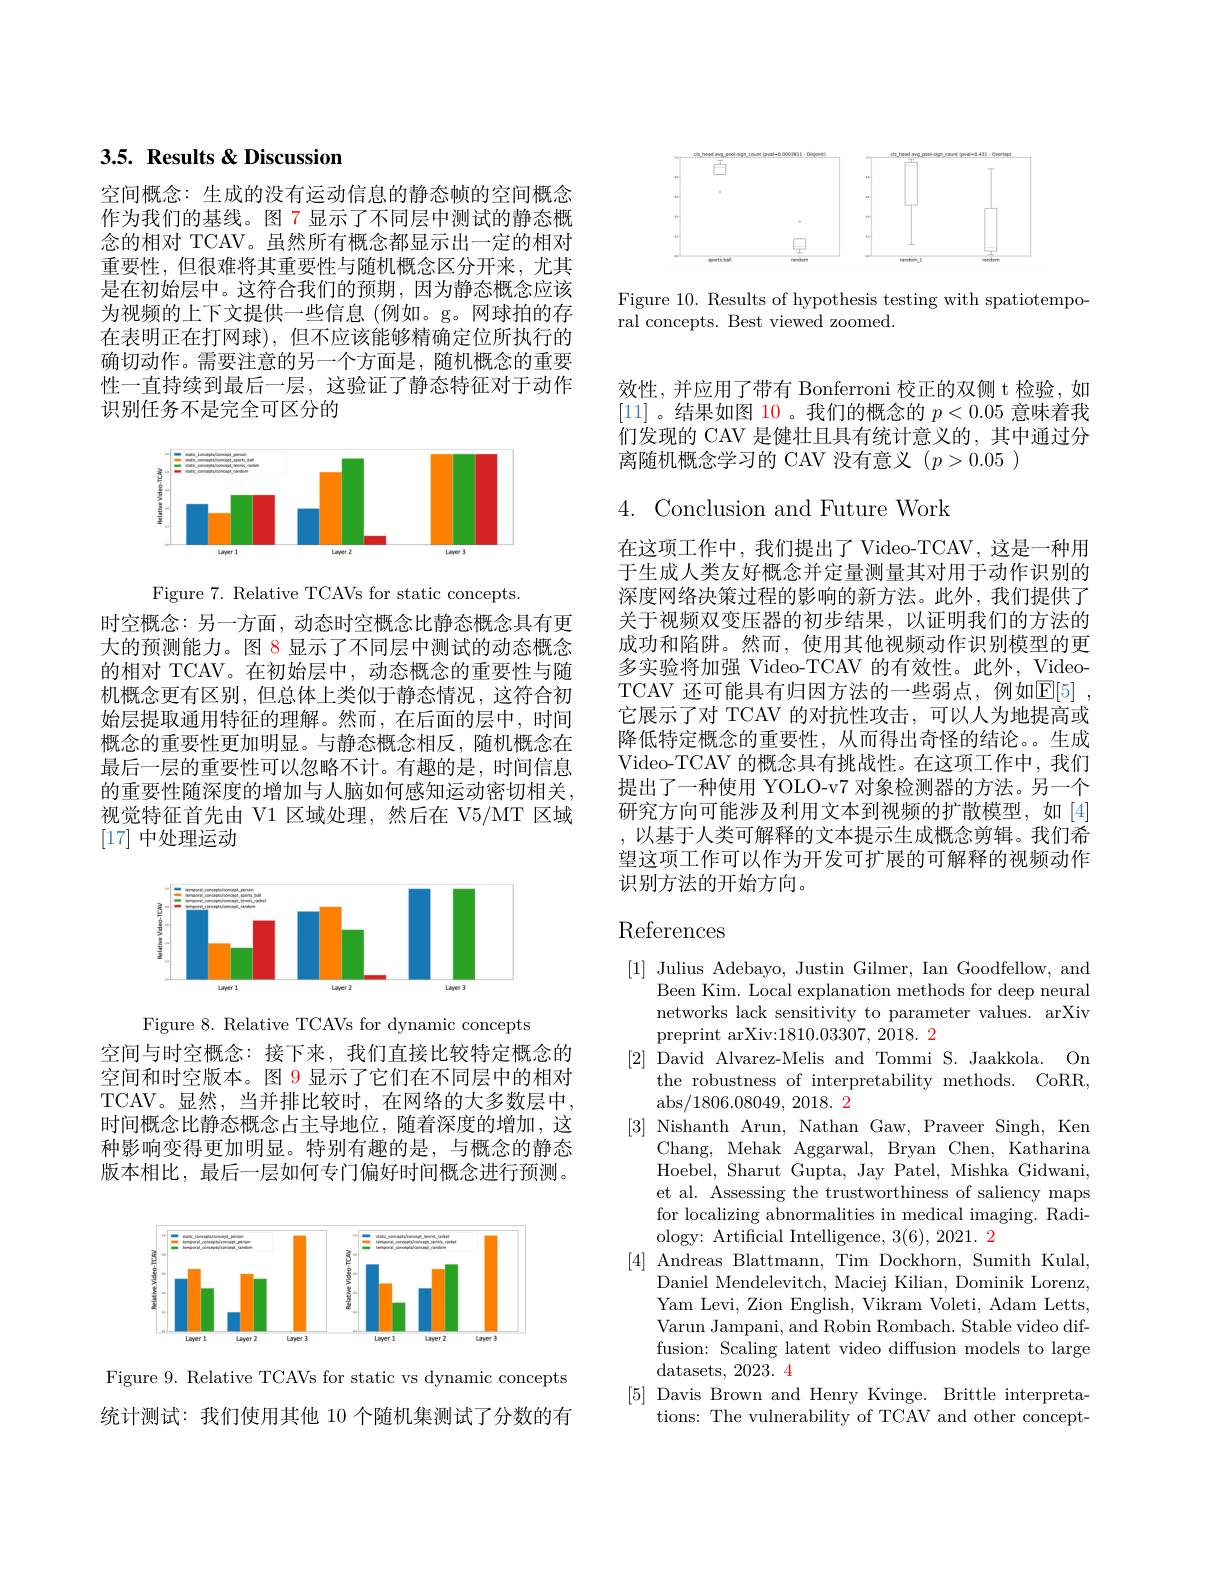
<FigureHere>

Figure 10. Results of hypothesis testing with spatiotempo-
ral concepts. Best viewed zoomed.

## 3.5. Results & Discussion

空间概念：生成的没有运动信息的静态帧的空间概念作为我们的基线。图 7 显示了不同层中测试的静态概念的相对 TCAV。虽然所有概念都显示出一定的相对重要性，但很难将其重要性与随机概念区分开来，尤其是在初始层中。这符合我们的预期，因为静态概念应该为视频的上下文提供一些信息(例如。g。网球拍的存在表明正在打网球),但不应该能够精确定位所执行的确切动作。需要注意的另一个方面是，随机概念的重要性一直持续到最后一层，这验证了静态特征对于动作识别任务不是完全可区分的

<FigureHere>

Figure 7. Relative TCAVs for static concepts.

时空概念：另一方面，动态时空概念比静态概念具有更大的预测能力。图 8 显示了不同层中测试的动态概念的相对 TCAV。在初始层中，动态概念的重要性与随机概念更有区别，但总体上类似于静态情况，这符合初始层提取通用特征的理解。然而，在后面的层中，时间概念的重要性更加明显。与静态概念相反，随机概念在最后一层的重要性可以忽略不计。有趣的是，时间信息的重要性随深度的增加与人脑如何感知运动密切相关， 视觉特征首先由 V1 区域处理，然后在 V5/MT 区域[17]中处理运动

<FigureHere>

Figure 8. Relative TCAVs for dynamic concepts
空间与时空概念：接下来，我们直接比较特定概念的空间和时空版本。图 9 显示了它们在不同层中的相对TCAV。显然，当并排比较时，在网络的大多数层中， 时间概念比静态概念占主导地位，随着深度的增加，这种影响变得更加明显。特别有趣的是，与概念的静态版本相比，最后一层如何专门偏好时间概念进行预测。

<FigureHere>

Figure 9. Relative TCAVs for static vs dynamic concepts

统计测试：我们使用其他 10 个随机集测试了分数的有

效性，并应用了带有 Bonferroni 校正的双侧 t 检验，如[11]。结果如图$\color{red}{10}$。我们的概念的$p<0.05$意味着我们发现的 CAV 是健壮且具有统计意义的，其中通过分离随机概念学习的 CAV 没有意义$(p>0.05)$

$4.{\mathrm{~Conclusion~and~Future~Work}}$

在这项工作中，我们提出了 Video-TCAV, 这是一种用于生成人类友好概念并定量测量其对用于动作识别的深度网络决策过程的影响的新方法。此外，我们提供了关于视频双变压器的初步结果，以证明我们的方法的成功和陷阱。然而，使用其他视频动作识别模型的更多实验将加强 Video-TCAV 的有效性。此外，VideoTCAV 还可能具有归因方法的一些弱点，例如$\mathbb{E} [ 5]$ , 它展示了对 TCAV 的对抗性攻击，可以人为地提高或降低特定概念的重要性，从而得出奇怪的结论。生成Video-TCAV 的概念具有挑战性。在这项工作中，我们提出了一种使用 YOLO-v7 对象检测器的方法。另一个研究方向可能涉及利用文本到视频的扩散模型，如[4] 以基于人类可解释的文本提示生成概念剪辑。我们希望这项工作可以作为开发可扩展的可解释的视频动作识别方法的开始方向。

# References

[1] Julius Adebayo, Justin Gilmer, Ian Goodfellow, and
Been Kim. Local explanation methods for deep neural networks lack sensitivity to parameter values. arXiv preprint arXiv:1810.03307, 2018. 2
[2] David Alvarez-Melis and Tommi S. Jaakkola. On
the robustness of interpretability methods. CoRR,
abs/ 1806. 08049, 2018. 2
[3] Nishanth Arun, Nathan Gaw, Praveer Singh, Ken
Chang, Mehak Aggarwal, Bryan Chen, Katharina Hoebel, Sharut Gupta, Jay Patel, Mishka Gidwani, et al. Assessing the trustworthiness of saliency maps for localizing abnormalities in medical imaging. Radiology: Artificial Intelligence, 3(6), 2021. 2
[4] Andreas Blattmann, Tim Dockhorn, Sumith Kulal,
Daniel Mendelevitch, Maciej Kilian, Dominik Lorenz, Yam Levi, Zion English, Vikram Voleti, Adam Letts, Varun Jampani, and Robin Rombach. Stable video diffusion: Scaling latent video diffusion models to large ${\mathrm{datasets,~2023.~4}}$
[5] Davis Brown and Henry Kvinge. Brittle interpreta-
tions: The vulnerability of TCAV and other concept-